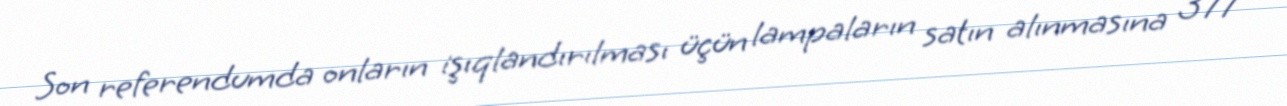
Son referendumda onların işıqlandırılması üçün lampaların satın alınmasına 377